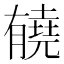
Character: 𰗏